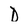
Character: D